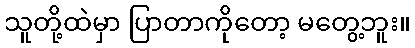
သူတို့ထဲမှာ ပြာတာကိုတော့ မတွေ့ဘူး။